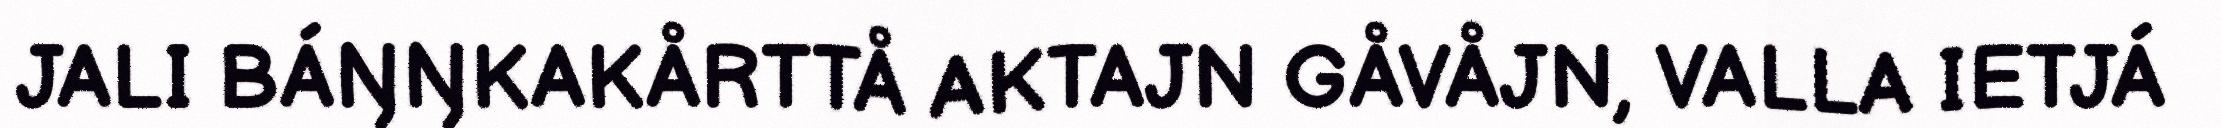
JALI BÁŊŊKAKÅRTTÅ AKTAJN GÅVÅJN, VALLA IETJÁ